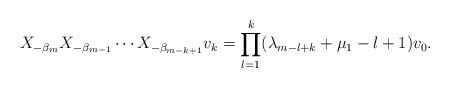
\begin{align*} X_{- \beta _m } X_{- \beta _{m-1} } \cdots X_{- \beta _{m-k+1} } v_k = \prod_{l=1}^{k} ( \lambda _{m-l+k} + \mu _1 -l+1 ) v_0 .\end{align*}